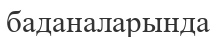
баданаларында